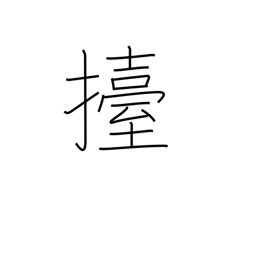
Meaning: lift